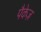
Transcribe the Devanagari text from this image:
पैकेज़